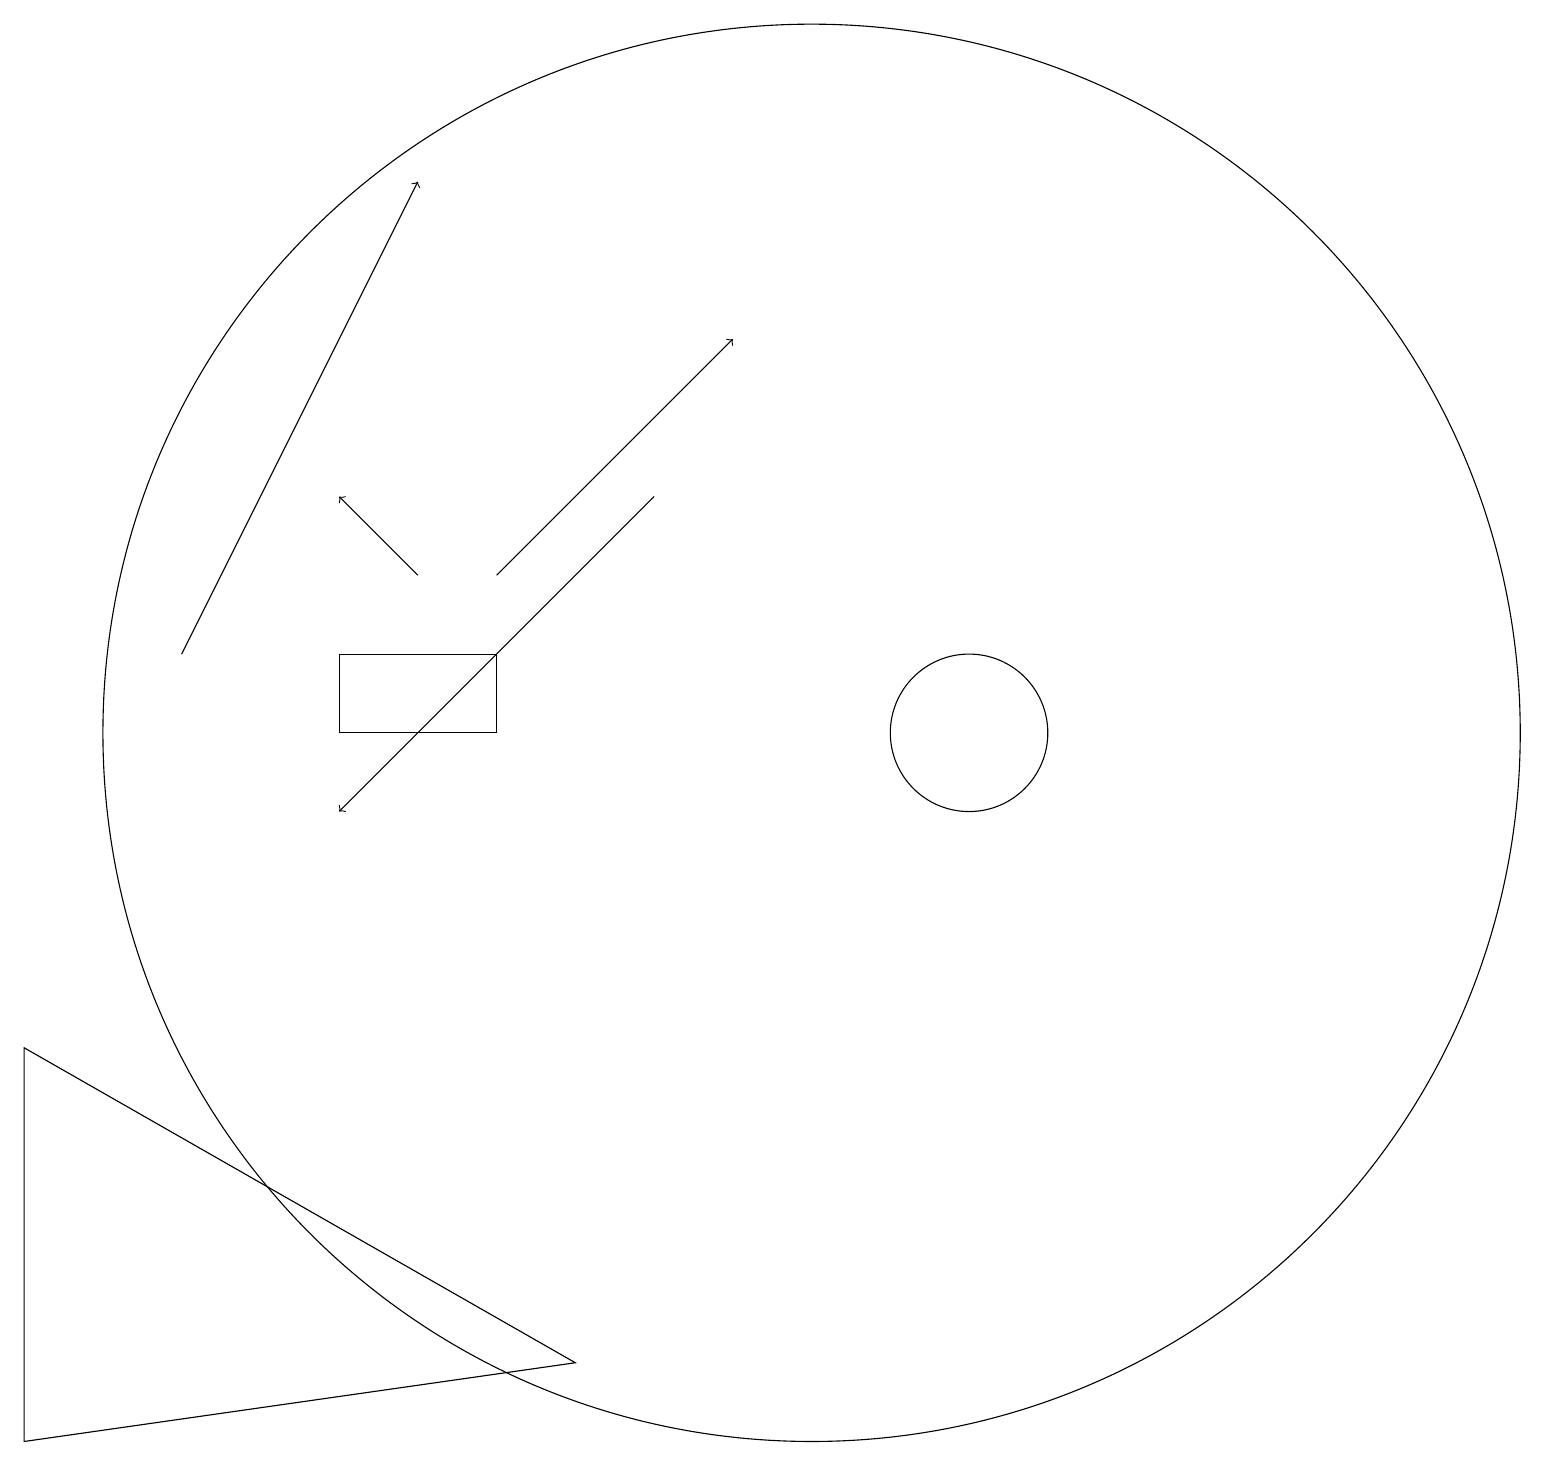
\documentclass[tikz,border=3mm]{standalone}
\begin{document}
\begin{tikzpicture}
\draw (0,2) -- (0,7) -- (7,3) -- cycle;
\draw[->] (2,12) -- (5,18);
\draw[->] (6,13) -- (9,16);
\draw[->] (5,13) -- (4,14);
\draw (4,12) rectangle (6,11);
\draw[->] (8,14) -- (4,10);
\draw (12,11) circle (1);
\draw (10,11) circle (9);
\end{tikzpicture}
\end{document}